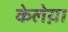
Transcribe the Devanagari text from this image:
केलेय़ा